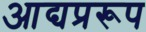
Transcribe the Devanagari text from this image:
आद्यप्ररूप